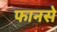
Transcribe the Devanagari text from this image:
फानसे